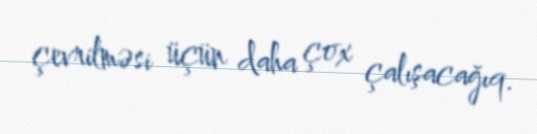
çevrilməsi üçün daha çox çalışacağıq.